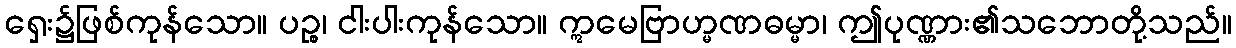
ရှေး၌ဖြစ်ကုန်သော။ ပဉ္စ၊ ငါးပါးကုန်သော။ ဣမေဗြာဟ္မဏဓမ္မာ၊ ဤပုဏ္ဏား၏သဘောတို့သည်။